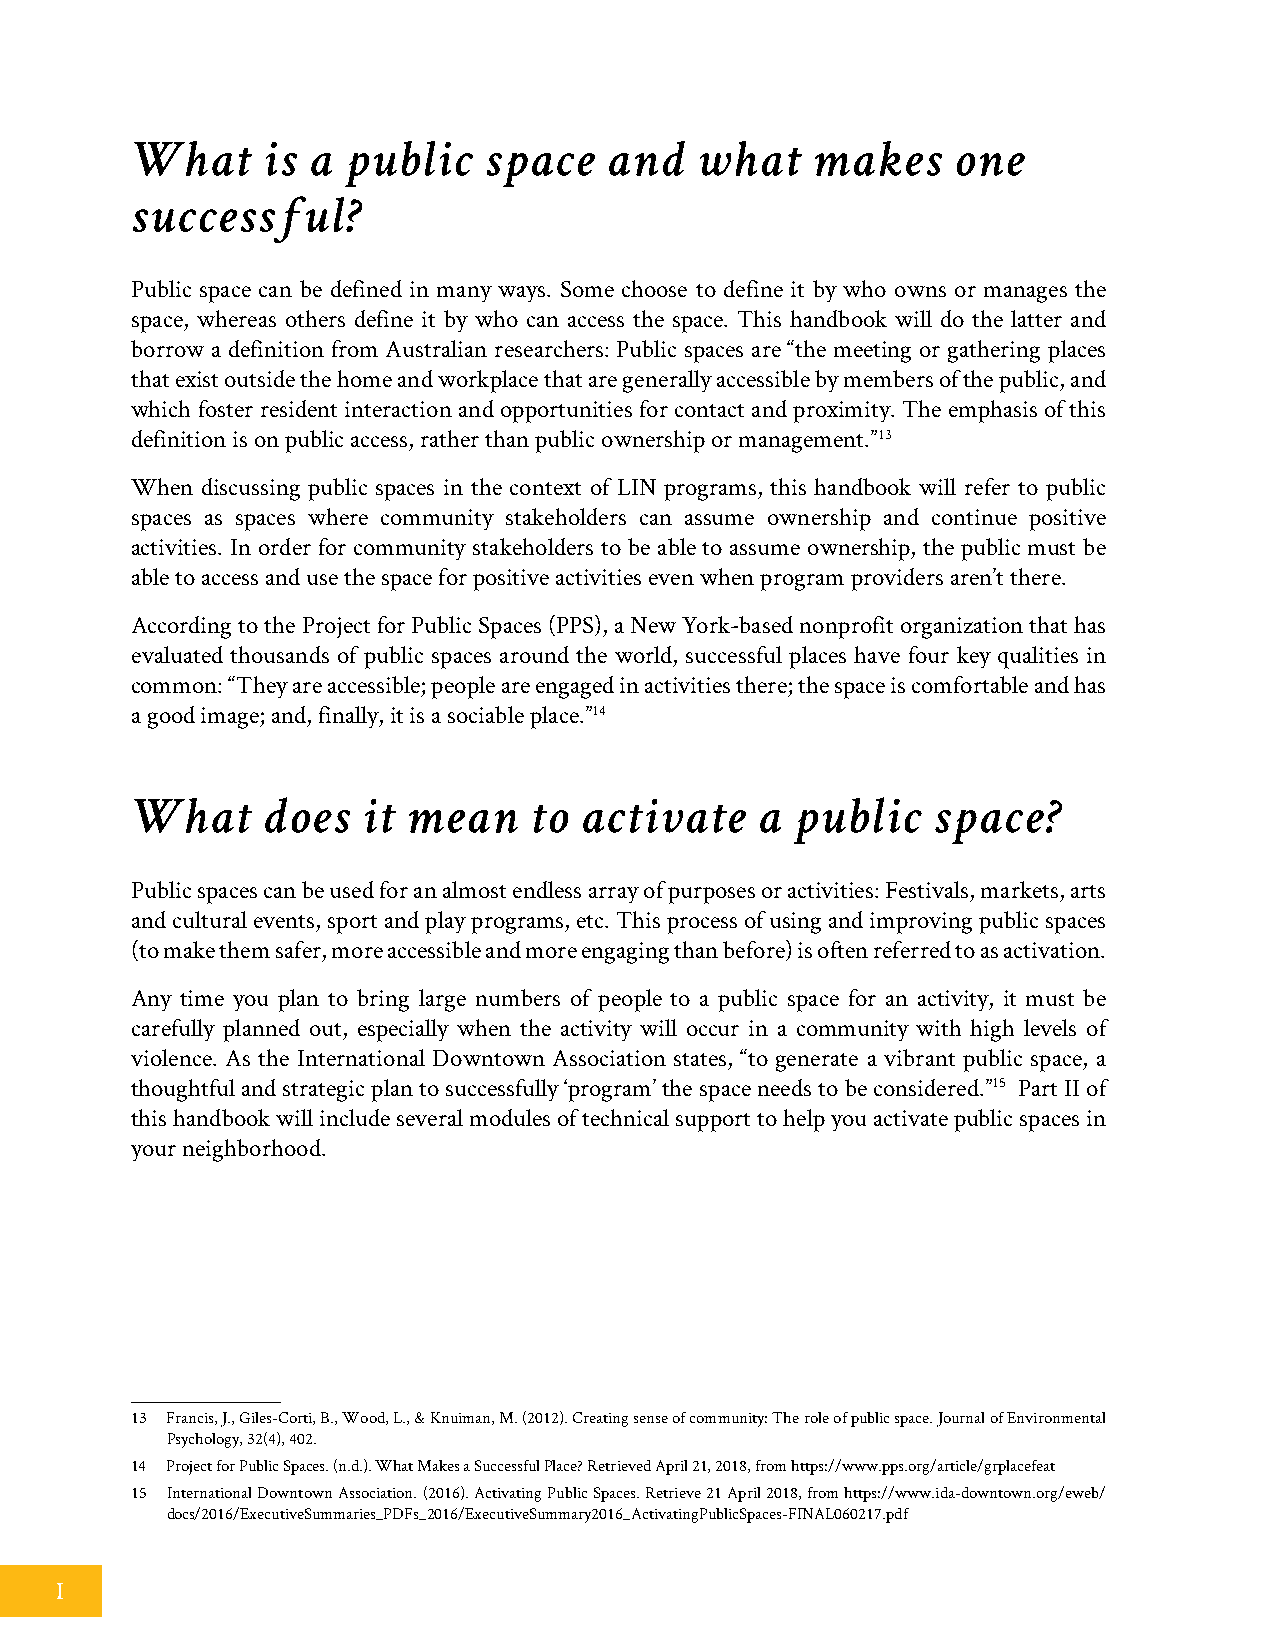
What    is a  public   space   and   what    makes    one
 successful?
 Public space can be defined in many ways. Some choose to define it by who owns or manages the
 space, whereas others define it by who can access the space. This handbook will do the latter and
 borrow a definition from Australian researchers: Public spaces are “the meeting or gathering places
 that exist outside the home and workplace that are generally accessible by members of the public, and
 which foster resident interaction and opportunities for contact and proximity. The emphasis of this
 definition is on public access, rather than public ownership or management.”13
 When discussing public spaces in the context of LIN programs, this handbook will refer to public
 spaces as spaces where community stakeholders can assume ownership and continue positive
 activities. In order for community stakeholders to be able to assume ownership, the public must be
 able to access and use the space for positive activities even when program providers aren’t there.
 According to the Project for Public Spaces (PPS), a New York-based nonprofit organization that has
 evaluated thousands of public spaces around the world, successful places have four key qualities in
 common: “They are accessible; people are engaged in activities there; the space is comfortable and has
 a good image; and, finally, it is a sociable place.”14
 What    does   it mean    to activate    a  public   space?
 Public spaces can be used for an almost endless array of purposes or activities: Festivals, markets, arts
 and cultural events, sport and play programs, etc. This process of using and improving public spaces
 (to make them safer, more accessible and more engaging than before) is often referred to as activation.
 Any time you plan to bring large numbers of people to a public space for an activity, it must be
 carefully planned out, especially when the activity will occur in a community with high levels of
 violence. As the International Downtown Association states, “to generate a vibrant public space, a
 thoughtful and strategic plan to successfully ‘program’ the space needs to be considered.”15 Part II of
 this handbook will include several modules of technical support to help you activate public spaces in
 your neighborhood.
 13 Francis, J., Giles-Corti, B., Wood, L., & Knuiman, M. (2012). Creating sense of community: The role of public space. Journal of Environmental
 Psychology, 32(4), 402.
 14 Project for Public Spaces. (n.d.). What Makes a Successful Place? Retrieved April 21, 2018, from https://www.pps.org/article/grplacefeat
 15 International Downtown Association. (2016). Activating Public Spaces. Retrieve 21 April 2018, from https://www.ida-downtown.org/eweb/
 docs/2016/ExecutiveSummaries_PDFs_2016/ExecutiveSummary2016_ActivatingPublicSpaces-FINAL060217.pdf
 I